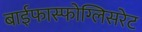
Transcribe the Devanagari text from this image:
बाईफास्फोग्लिसरेट